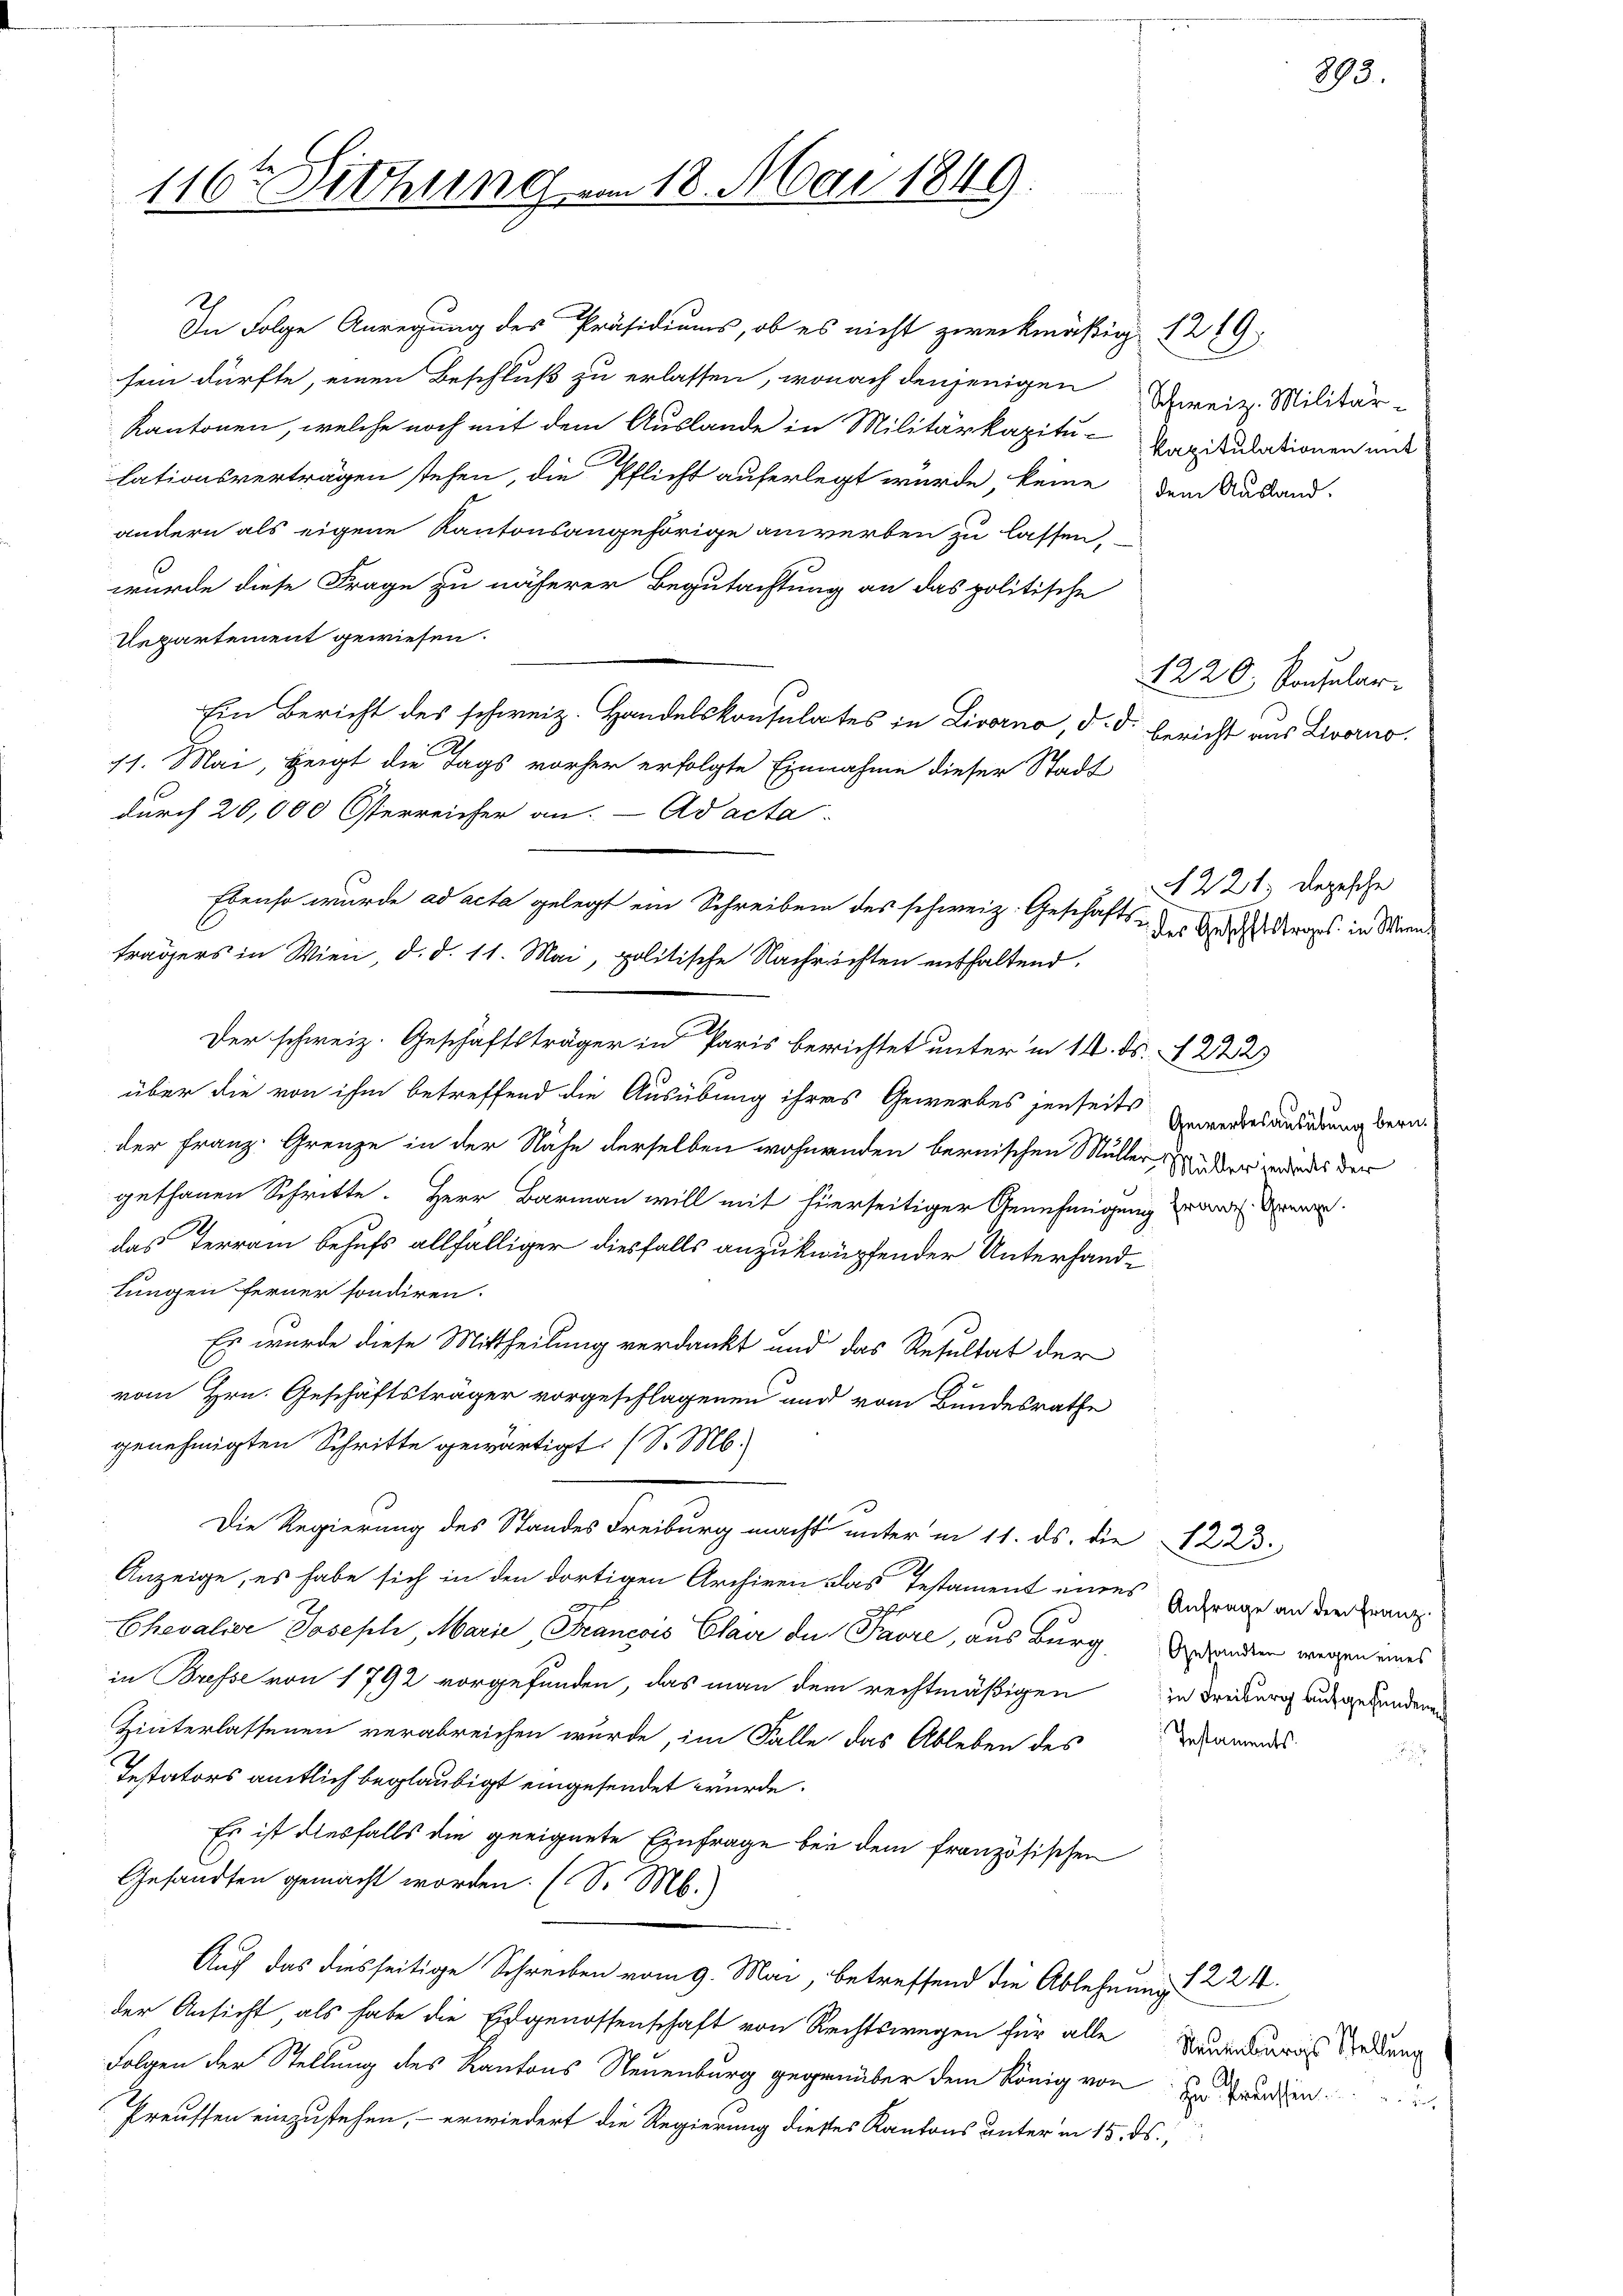
116ten Sitzung am 18. Mai 1849.

wurde diese Frage zu näherer Begutachtung an das politische
Repartement gewiesen.
Ein Bericht des schweiz. Handelskonsulates in Livorno, d. d. bericht aus Livorno.
11. Mai, zeigt die Tags vorher erfolgte Einnahme dieser Stadt
durch 20,000 Österreicher an. ad acta
Der schweiz. Geschäftsträger in Paris berichtet unter in 14. ds. § 222)
über die von ihm betreffend die Ausübung ihres Gewerbes jenseits Anwendesausierung berader Franz. Grenze in der Nähe derselben wohnenden bernischen Müller. Anden werde der
gethanen Schritte. Herr Barmann will mit hierseitiger Genehmigung an der
das Terrain behufs allfälliger diesfalls anzuknüpfender Unterhandlungen ferner sondiren.
Es wurde diese Mittheilung verdankt und das Resultat der
vom Hrn. Geschäftsträger vorgeschlagenen und vom Bundesrathe
genehmigten Schritte gewärtigt. (S. M.
Die Regierung des Standes Freiburg macht unter in 11. ds. die 1223.
Anzeige, es habe sich in den dortigen Archiven das Testament eines Antrage an die Franz
Chevalier Joseph, Marie, Francois Clair die Pavre, aus Burg, Branden wegen eines
in Bresse von 1792 vorgefunden, das man dem rechtmäßigen in Freiburg ausgesundenen
Hinterlassenen verabreichen wurde, im Falle das Ableben des Man
Instators amtlich beglaubigt eingesendet wurde.
Es ist diesfalls die geeignete Einfrage bei dem französischen
Gesandten gemacht worden. (S. M.)
Auch das diesseitige Schreiben vom 9. Mai, betreffend die Ablehnung 1 224.
der Ansicht, als habe die Eidgenossenschaft von Rechtswegen für alle Neuenburgs Sedung
Folgen der Stellung des Kantons Neuenburg gegenüber dem König von der Franzen
Preussen einzustehen, – erwiedert die Regierung dieses Kantons unter in 15. ds.,

In Folge Anregung des Präsidiums, ob es nicht zweckmäßig 1219,
sein dürfte, einen Beschluß zu erlassen, wonach denjenigen
Kantonen, welche noch mit dem Auslande in Militärkapitu-Kapitulationen mit
lationsverträgen stehen, die Pflicht auferlegt würde, keine dem Nastand-
andern als eigene Kantonsangehörige anwerben zu lassen.

Ebenso wurde ad acta gelegt ein Schreiben des schweiz. Geschäfts-

trägers in Wien, d. d. 11. Mai, politische Nachrichten enthaltend.

Schweiz. Militär¬

1220. Konsular

N 221. Depesche
2 des Geschftstrages in Wien

eits

893.